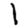
Digit: 1